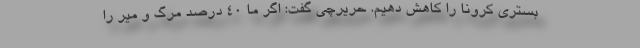
بستری کرونا را کاهش دهیم. حریرچی گفت: اگر ما ۴۰ درصد مرگ و میر را